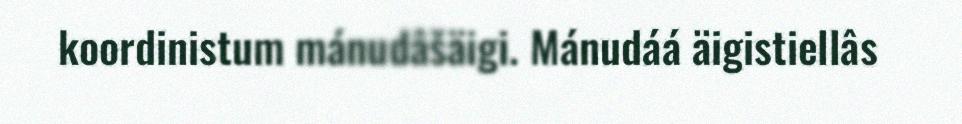
koordinistum mánudâšäigi. Mánudáá äigistiellâs